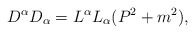
\begin{align*}D^{\alpha}D_{\alpha}=L^{\alpha}L_{\alpha}(P^{2}+m^{2}),\end{align*}